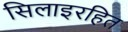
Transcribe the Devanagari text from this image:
सिलाइरहित